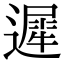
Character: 遲